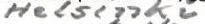
Helsinki